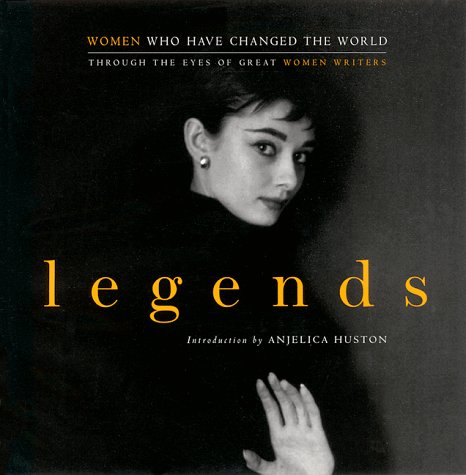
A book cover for Legends: Women Who Have Changed the World Through the Eyes of Great Women Writers; Politics & Social Sciences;